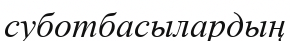
суботбасылардың